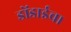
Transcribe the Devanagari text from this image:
डोंडाईचा